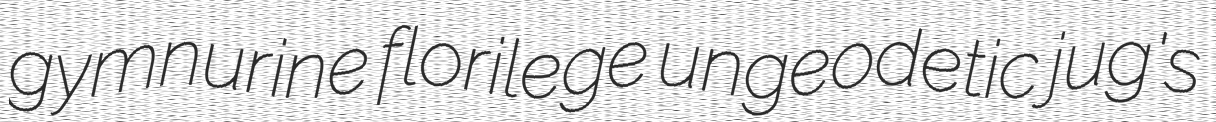
gymnurine florilege ungeodetic jug's